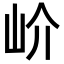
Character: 𡵚